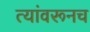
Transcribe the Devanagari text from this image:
त्यांवरूनच